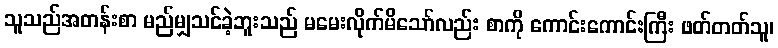
သူသည်အတန်းစာ မည်မျှသင်ခဲ့ဘူးသည် မမေးလိုက်မိသော်လည်း စာကို ကောင်းကောင်းကြီး ဖတ်တတ်သူ၊